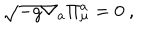
\sqrt { - g } \nabla _ { a } \Pi _ { \mu } ^ { a } = 0 \ ,